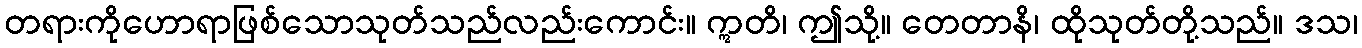
တရားကိုဟောရာဖြစ်သောသုတ်သည်လည်းကောင်း။ ဣတိ၊ ဤသို့။ တေတာနိ၊ ထိုသုတ်တို့သည်။ ဒသ၊